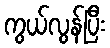
ကွယ်လွန်ပြီး